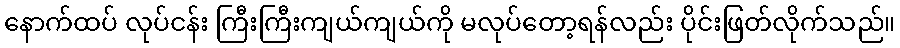
နောက်ထပ် လုပ်ငန်း ကြီးကြီးကျယ်ကျယ်ကို မလုပ်တော့ရန်လည်း ပိုင်းဖြတ်လိုက်သည်။